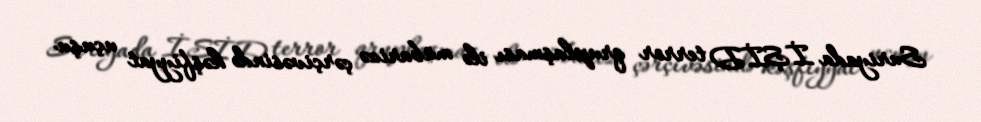
Suriyada İŞİD terror qruplaşması ilə mübarizə çərçivəsində kəşfiyyat uçuşu